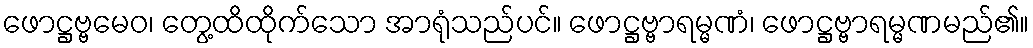
ဖောဋ္ဌဗ္ဗမေဝ၊ တွေ့ထိထိုက်သော အာရုံသည်ပင်။ ဖောဋ္ဌဗ္ဗာရမ္မဏံ၊ ဖောဋ္ဌဗ္ဗာရမ္မဏမည်၏။